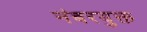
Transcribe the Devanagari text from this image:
नंबरयुक्त